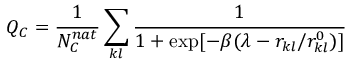
Q _ { C } = \frac { 1 } { N _ { C } ^ { n a t } } \sum _ { k l } \frac { 1 } { 1 + \exp [ - \beta ( \lambda - r _ { k l } / r _ { k l } ^ { 0 } ) ] }